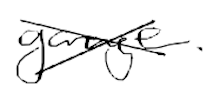
Text: garage.
Cross-out: cross
Writing tool: digital_black